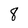
Character: 8